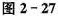
图2-27